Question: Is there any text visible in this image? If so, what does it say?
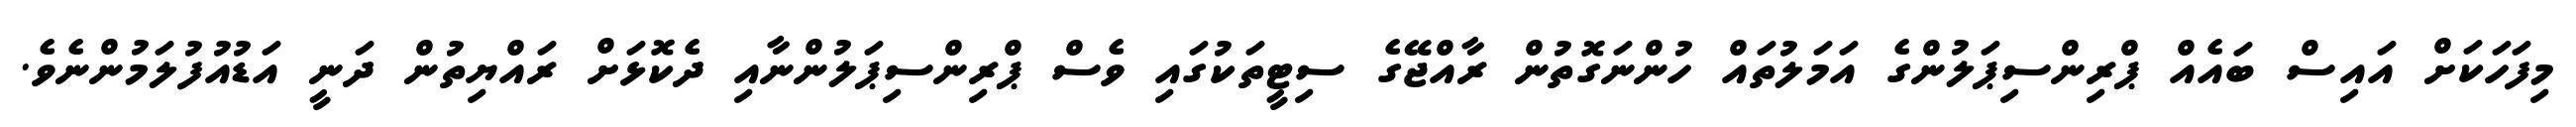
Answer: މިފަހަކަށް އައިސް ބައެއް ޕްރިންސިޕަލުންގެ އަމަލުތައް ހުންނަގޮތުން ރާއްޖޭގެ ސިޓީތަކުގައި ވެސް ޕްރިންސިޕަލުންނާއި ދެކޮޅަށް ރައްޔިތުން ދަނީ އަޑުއުފުލަމުންނެވެ.